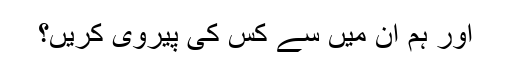
اور ہم ان میں سے کس کی پیروی کریں؟